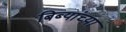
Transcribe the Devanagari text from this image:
बिब्यांच्या